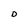
Character: D